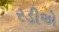
રડીએ